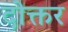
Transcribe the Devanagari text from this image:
दोक्तर